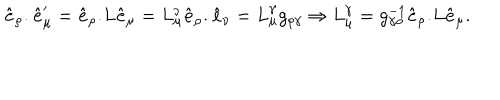
{ \bf \hat { e } _ { \rho } . \hat { e } _ { \mu } ^ { \prime } } = { \bf \hat { e } _ { \rho } . } L { \bf \hat { e } _ { \mu } } = L _ { \mu } ^ { \nu } { \bf \hat { e } _ { \rho } . \hat { e } _ { \nu } } = L _ { \mu } ^ { \gamma } g _ { \rho \gamma } \Rightarrow { L } _ { \mu } ^ { \gamma } = g _ { \gamma \rho } ^ { - 1 } { \bf \hat { e } _ { \rho } . } L { \bf \hat { e } _ { \mu } } .